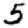
Digit: 5